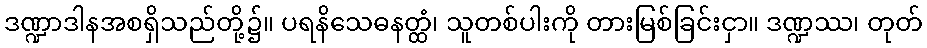
ဒဏ္ဍာဒါနအစရှိသည်တို့၌။ ပရနိသေဓနတ္ထံ၊ သူတစ်ပါးကို တားမြစ်ခြင်းငှာ။ ဒဏ္ဍဿ၊ တုတ်